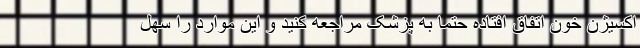
اکسیژن خون اتفاق افتاده حتما به پزشک مراجعه کنید و این موارد را سهل